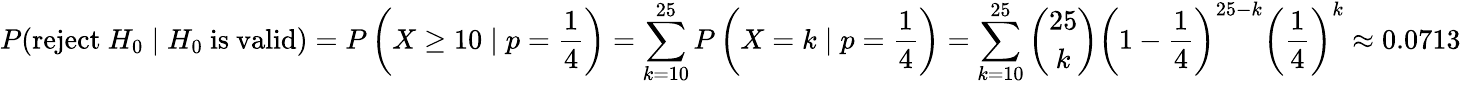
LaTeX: P({\mathrm{reject~}}H_{0}\mid H_{0}{\mathrm{~is~valid}})=P\left(X\geq 10\mid p={\frac{1}{4}}\right)=\sum_{k=10}^{25}P\left(X=k\mid p={\frac{1}{4}}\right)=\sum_{k=10}^{25}{\binom{25}{k}}\left(1-{\frac{1}{4}}\right)^{25-k}\left({\frac{1}{4}}\right)^{k}\approx 0.0713